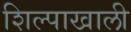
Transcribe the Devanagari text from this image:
शिल्पाखाली